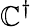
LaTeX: \mathbb{C}^{\dagger}